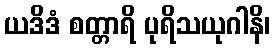
ယဒိဒံ စတ္တာရိ ပုရိသယုဂါနိ၊